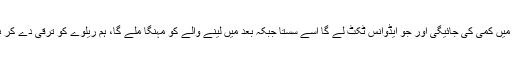
اکانومی کلاس کے کرایوں میں کمی کی جائیگی اور جو ایڈوانس ٹکٹ لے گا اسے سستا جبکہ بعد میں لینے والے کو مہنگا ملے گا، ہم ریلوے کو ترقی دے کر بھارت کو شکست دیں گے۔